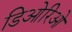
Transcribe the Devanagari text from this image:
डिओरिओ